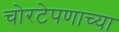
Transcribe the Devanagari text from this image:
चोरटेपणाच्या